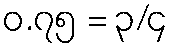
၀.၇၅ = ၃/၄